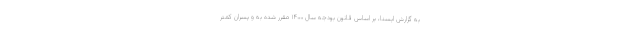
به گزارش ایسنا، بر اساس قانون بودجه سال ۱۴۰۰ مقرر شده به و پسران کمتر